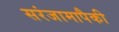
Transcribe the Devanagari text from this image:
सरंजामापैकी